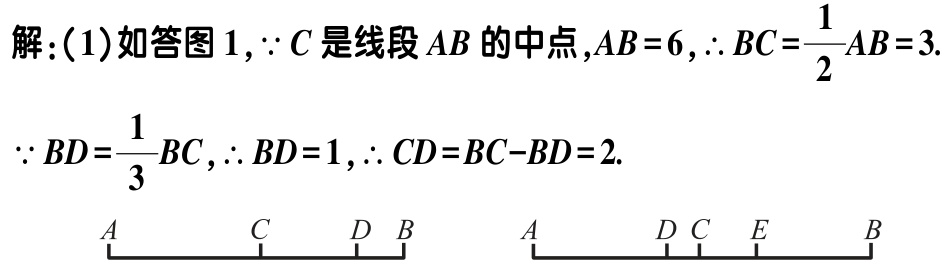
解：(1)如答图1，$\because C$是线段$AB$的中点，$AB = 6$，$\therefore BC=\dfrac{1}{2}AB = 3$.

$\because BD=\dfrac{1}{3}BC$，$\therefore BD = 1$，$\therefore CD=BC - BD = 2$.

\begin{tikzpicture}

\draw (0,0) -- (4,0);

\draw (0,-0.1) -- (0,0.1) node[below]{$A$};

\draw (1.5,-0.1) -- (1.5,0.1) node[below]{$C$};

\draw (2.5,-0.1) -- (2.5,0.1) node[below]{$D$};

\draw (3.5,-0.1) -- (3.5,0.1) node[below]{$B$};

\draw (5,0) -- (9,0);

\draw (5,-0.1) -- (5,0.1) node[below]{$A$};

\draw (6.5,-0.1) -- (6.5,0.1) node[below]{$D$};

\draw (7,-0.1) -- (7,0.1) node[below]{$C$};

\draw (7.5,-0.1) -- (7.5,0.1) node[below]{$E$};

\draw (8.5,-0.1) -- (8.5,0.1) node[below]{$B$};

\end{tikzpicture}